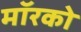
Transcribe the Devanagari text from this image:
मॉरको